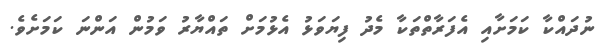
ނުދައްކާ ކަމަށާއި އެފަރާތްތަކާ މެދު ފިޔަވަޅު އެޅުމަށް ތައްޔާރު ވަމުން އަންނަ ކަމަށެވެ.